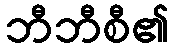
ဘီဘီစီ၏